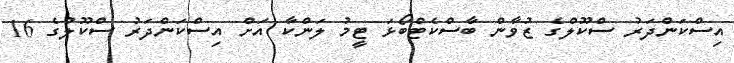
އިސްކަންދަރު ސްކޫލްގެ ޒުވާން ބާސްކެޓްބޯޅަ ޓީމު ލަންކާ އަށް އިސްކަންދަރު ސްކޫލުގެ 16